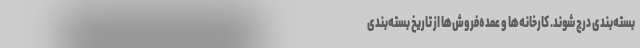
بسته‌بندی درج شوند. کارخانه‌ها و عمده‌فروش‌ها از تاریخ بسته‌بندی